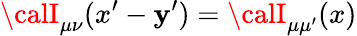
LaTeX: {\calI}_{\mu\nu}(x^{\prime}-\mathbf{y}^{\prime})={\calI}_{\mu\mu^{\prime}}(x)